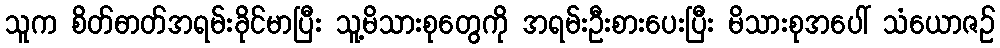
သူက စိတ်ဓာတ်အရမ်းခိုင်မာပြီး သူ့မိသားစုတွေကို အရမ်းဦးစားပေးပြီး မိသားစုအပေါ် သံယောဇဉ်